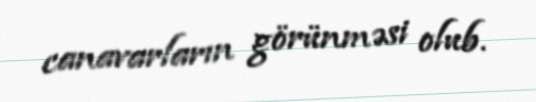
canavarların görünməsi olub.